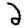
Digit: 2